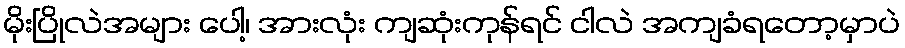
မိုးပြိုလဲအများ ပေါ့၊ အားလုံး ကျဆုံးကုန်ရင် ငါလဲ အကျခံရတော့မှာပဲ